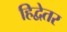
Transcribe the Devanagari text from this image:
हिद्वेतर